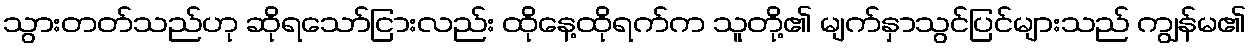
သွားတတ်သည်ဟု ဆိုရသော်ငြားလည်း ထိုနေ့ထိုရက်က သူတို့၏ မျက်နှာသွင်ပြင်များသည် ကျွန်မ၏